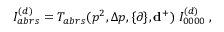
I _ { a b r s } ^ { ( d ) } = T _ { a b r s } ( p ^ { 2 } , \Delta p , \{ \partial \} , { \bf d ^ { + } } ) \; I _ { 0 0 0 0 } ^ { ( d ) } \; ,